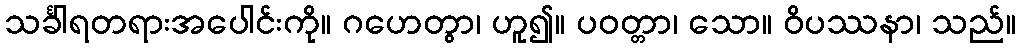
သင်္ခါရတရားအပေါင်းကို။ ဂဟေတွာ၊ ဟူ၍။ ပဝတ္တာ၊ သော။ ဝိပဿနာ၊ သည်။